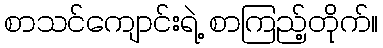
စာသင်ကျောင်းရဲ့ စာကြည့်တိုက်။